Scottish Leaving Certificate Examination, 1959
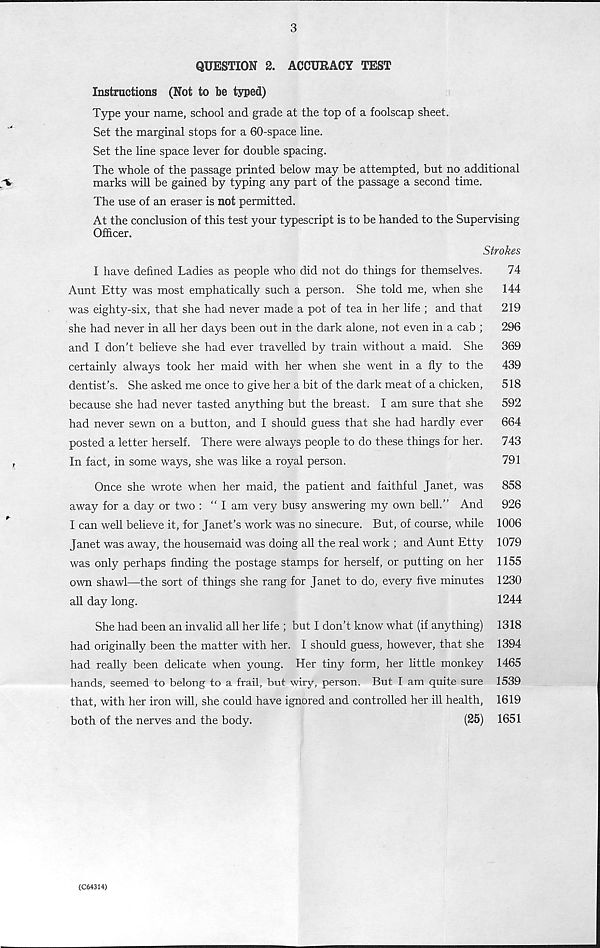
3
QUESTION 2. ACCURACY TEST
Instructions (Not to be typed)
Type your name, school and grade at the top of a foolscap sheet.
Set the marginal stops for a 60-space line.
Set the line space lever for double spacing.
The whole of the passage printed below may be attempted, but no additional
V
marks will be gained by typing any part of the passage a second time.
The use of an eraser is not permitted.
At the conclusion of this test your typescript is to be handed to the Supervising
Officer.
Strokes
I have defined Ladies as people who did not do things for themselves.
74
Aunt Etty was most emphatically such a person. She told me, when she
144
was eighty-six, that she had never made a pot of tea in her life ; and that
219
she had never in all her days been out in the dark alone, not even in a cab ;
296
and I don’t believe she had ever travelled by train without a maid. She
369
certainly always took her maid with her when she went in a fly to the
439
dentist’s. She asked me once to give her a bit of the dark meat of a chicken,
518
because she had never tasted anything but the breast. I am sure that she
592
had never sewn on a button, and I should guess that she had hardly ever
664
posted a letter herself. There were always people to do these things for her.
743
f
In fact, in some ways, she was like a royal person.
791
Once she wrote when her maid, the patient and faithful Janet, was
858
away for a day or two : “ I am very busy answering my own bell.” And
926
I can well believe it, for Janet’s work was no sinecure. But, of course, while 1006
Janet was away, the housemaid was doing all the real work ; and Aunt Etty 1079
was only perhaps finding the postage stamps for herself, or putting on her 1155
own shawl—the sort of things she rang for Janet to do, every five minutes 1230
all day long.
1244
She had been an invalid all her life ; but I don’t know what (if anything) 1318
had originally been the matter with her. I should guess, however, that she 1394
had really been delicate when young. Her tiny form, her little monkey 1465
hands, seemed to belong to a frail, but wiry, person. But I am quite sure 1539
that, with her iron will, she could have ignored and controlled her ill health, 1619
both of the nerves and the body.
(25) 1651
(C64314)